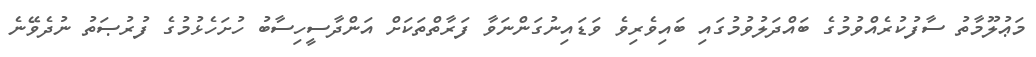
މަޢުލޫމާތު ސާފުކުރެއްވުމުގެ ބައްދަލުވުމުގައި ބައިވެރިވެ ވަޑައިނުގަންނަވާ ފަރާތްތަކަށް އަންދާސީހިސާބު ހުށަހެޅުމުގެ ފުރުޞަތު ނުދެވޭނެ